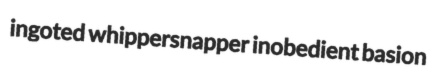
ingoted whippersnapper inobedient basion